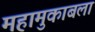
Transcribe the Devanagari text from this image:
महामुकाबला